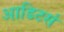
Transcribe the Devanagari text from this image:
आडिटर्स